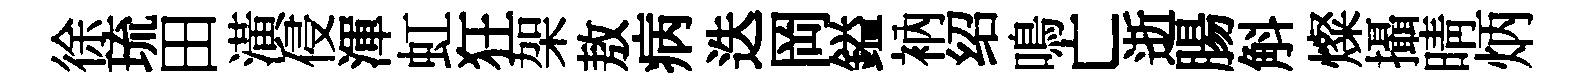
徐琉田潢侵渾虹狂架敖病迭岡鎰衲绍鳴亡逝腸斛燦攝晴炳